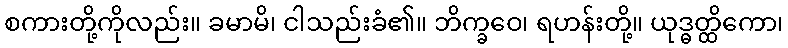
စကားတို့ကိုလည်း။ ခမာမိ၊ ငါသည်းခံ၏။ ဘိက္ခဝေ၊ ရဟန်းတို့။ ယုဒ္ဓတ္ထိကော၊